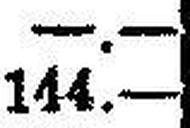
144.—